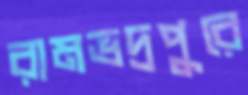
রামভদ্রপুরে